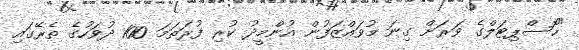
"ހޮސްޕިޓަލްގެ ވަރަށް ގިނަ މުވައްޒަފުން އުންމީދު ކުރި ފުރަތަމަ 100 ދުވަހުގެ ތެރޭގައި